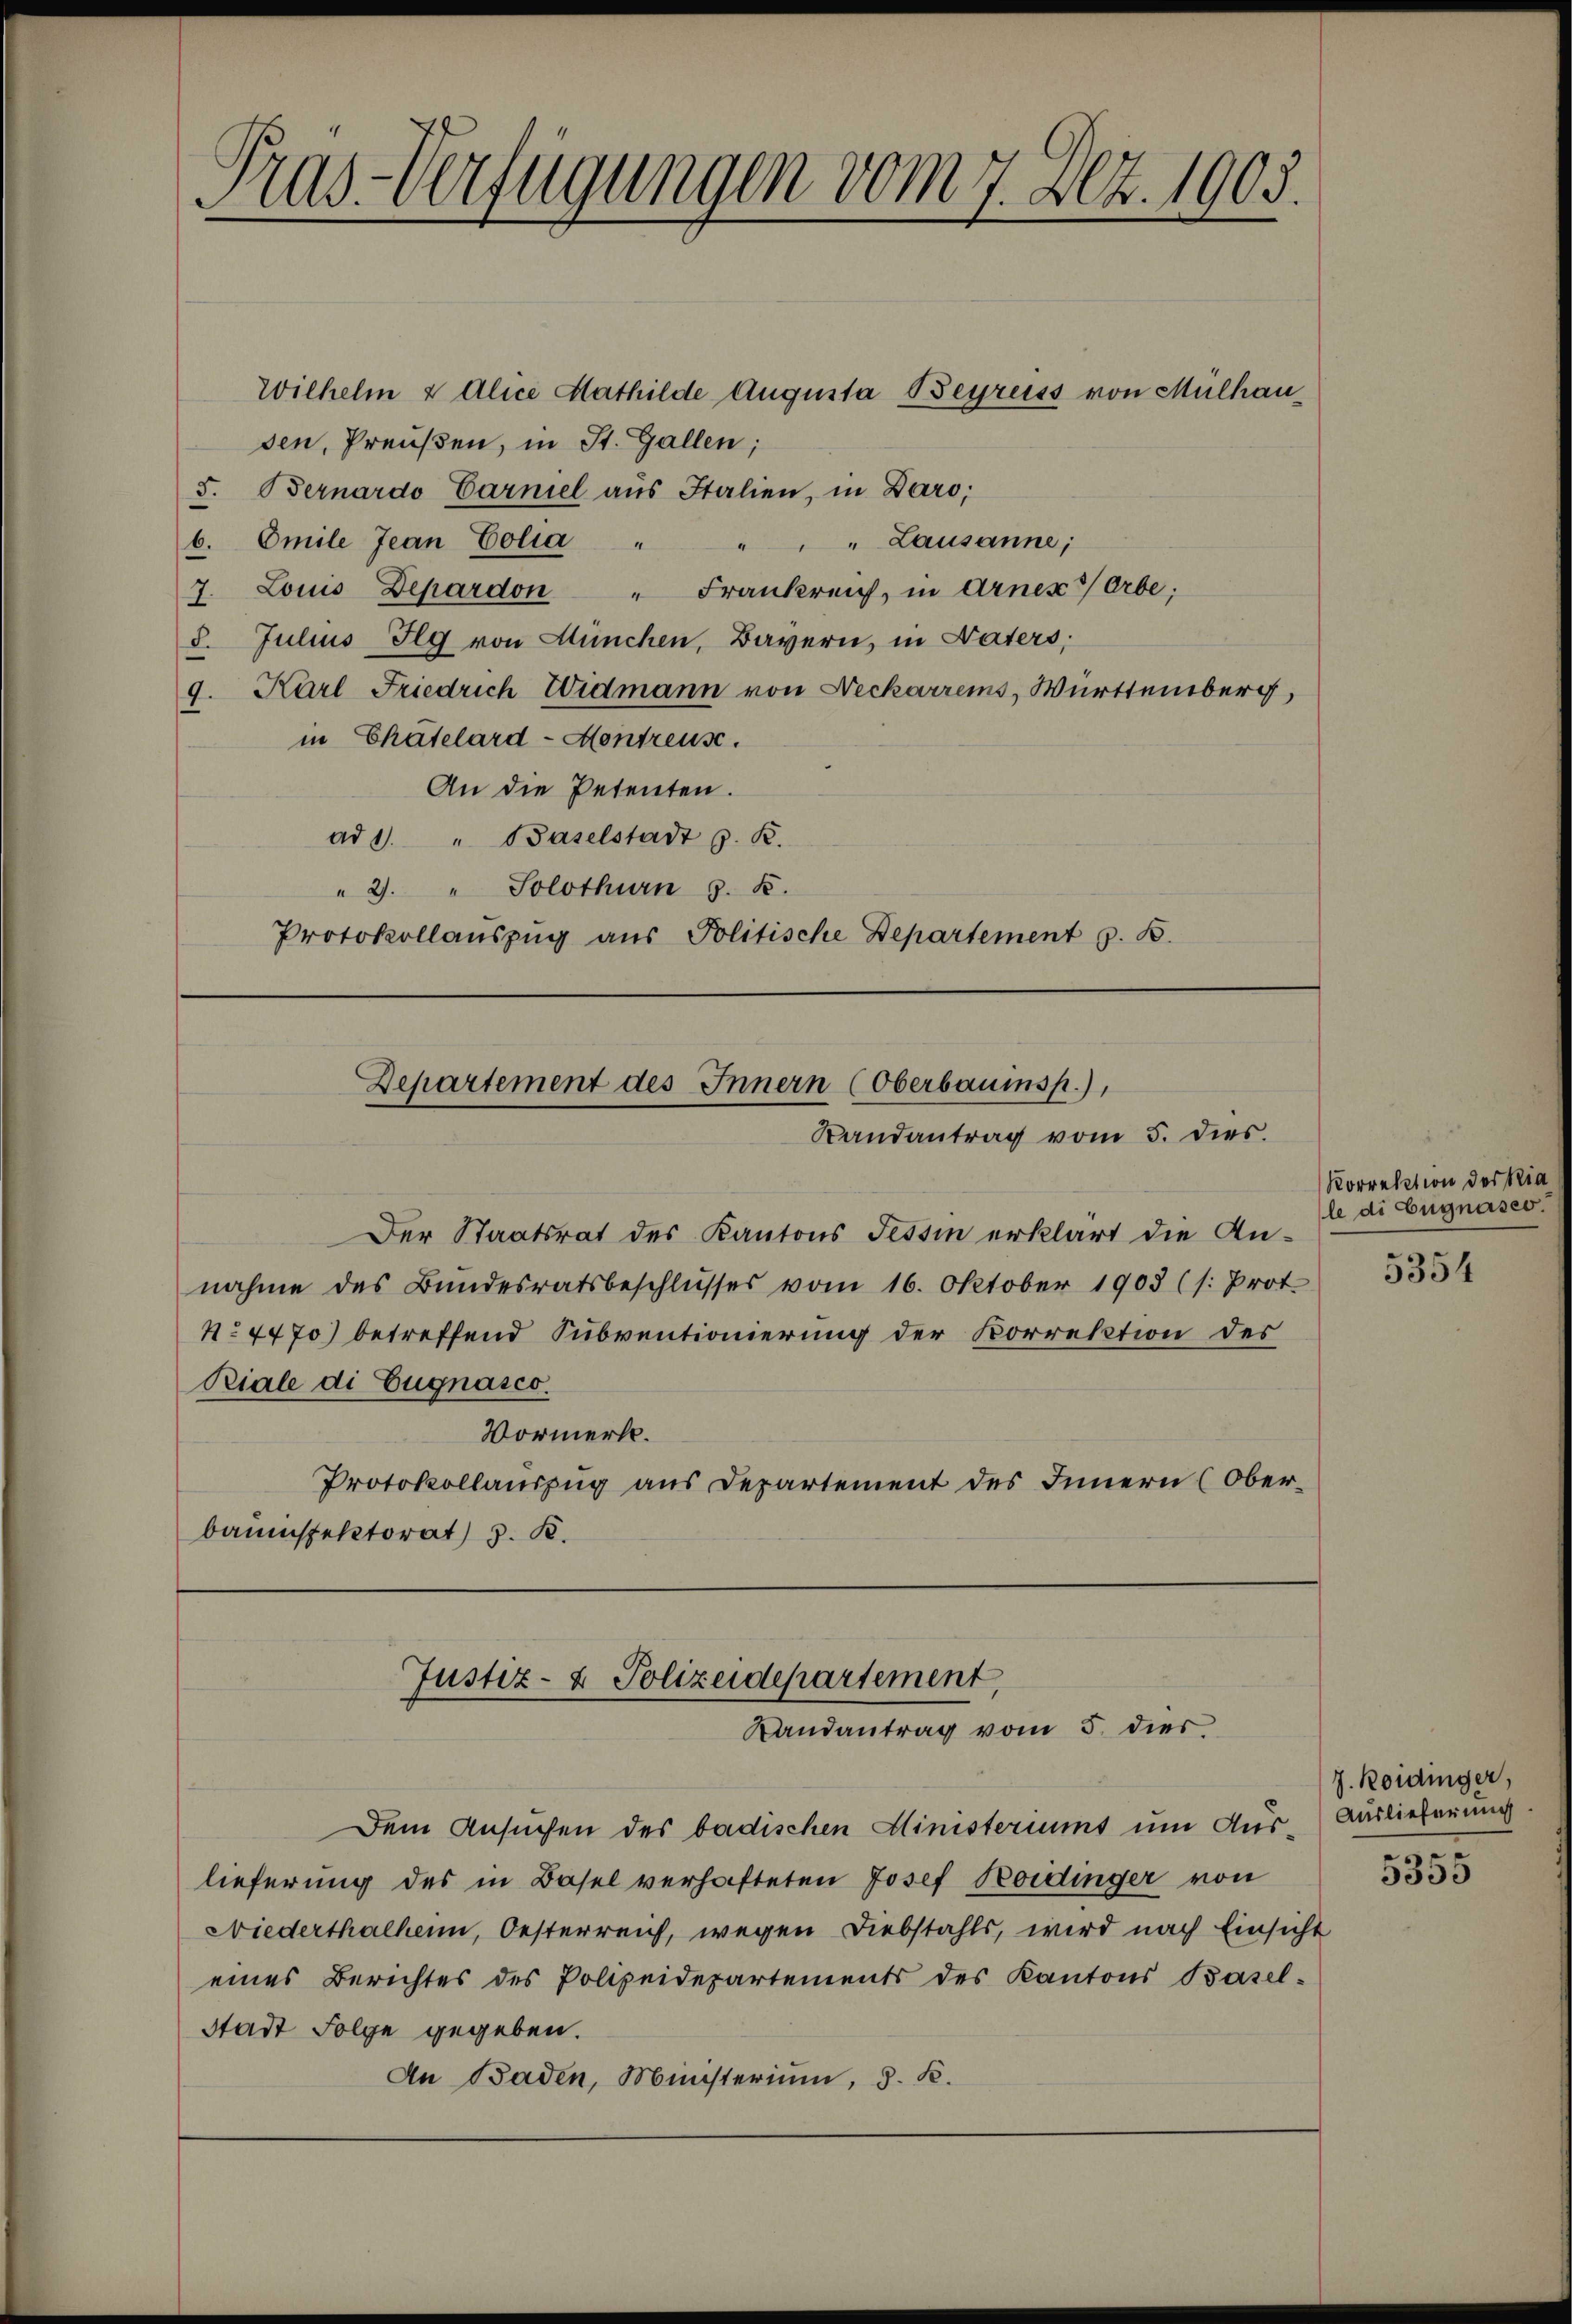
Wilhelm u Alice Mathilde Augusta Begreiss von Mülhau
sen, Preußen, in St. Gallen;
5. Bernardo Carniel aus Italien, in Daro;
" Lausanne;
b. Emile Jean Colia " "
7. Louis Depardon " Frankreich, in Arnex Orbe:
8. Julius Tlg von München, Bayern, in Vaters,
9. Karl Friedrich Widmann von Neckarrems, Württemberg,
in Chatelard-Montreuse.
An die Petenten.
ad 1. " Baselstadt z. K.
"2. " Solothurn z. B.
Protokollauszug aus Politische Departement z. B.

Pras-Verfügungen vom 7. Dez. 1903.

Departement des Innern (Oberbaumsp.),
Randantrag vom 5. dies.

Der Staatsrat des Kantons Tessin erklärt die Annahme des Bundesratsbeschlŭsses vom 16. Oktober 1903 (s. Prot.
No. 4470) betreffend Subventionierung der Korrektion des
Riale di Eugnasco.
Vormerk.
Protokollauszug aus Departement des Innern (Oberbauinspektorat J. K.

Justiz- & Polizeidepartement,
Landantrag vom 5. dies

Dem Ansuchen des badischen Ministeriums um Aus Auslieferung
lieferung des in Basel verhafteten Josef Koidinger von
Niederthalheim, Oesterreich, wegen Diebstahls, wird nach Einsicht
eines Berichtes des Polizeidepartements des Kantons Basel-
Stadt Folge gegeben.
An Baden, Münsterium, d. K.

Korrektion der Ria
le di Eugnases.

5354

J. Roidinger,

5355